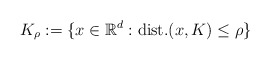
\begin{align*}K_{\rho}:=\{x\in \mathbb{R}^d : \textrm{dist.}(x,K)\leq \rho\} \end{align*}